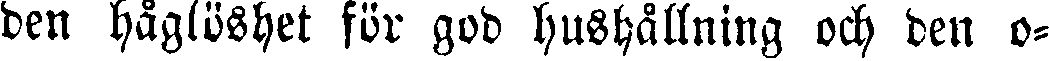
den håglöshet för god hushållning och den o-